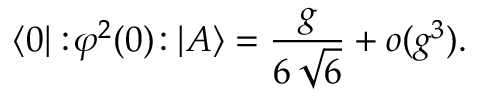
\langle 0 | : \! \varphi ^ { 2 } ( 0 ) \! : | A \rangle = \frac { g } { 6 \, \sqrt { 6 } } + o ( g ^ { 3 } ) .